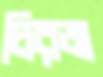
চিরজ